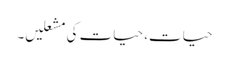
حیات، حیات کی مشعلیں۔